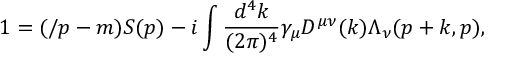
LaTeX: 1 = ( \slash p - m ) S ( p ) - i \int \frac { d ^ { 4 } k } { ( 2 \pi ) ^ { 4 } } \gamma _ { \mu } D ^ { \mu \nu } ( k ) \Lambda _ { \nu } ( p + k , p ) ,